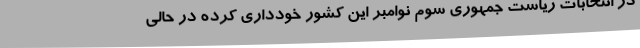
در انتخابات ریاست جمهوری سوم نوامبر این کشور خودداری کرده در حالی